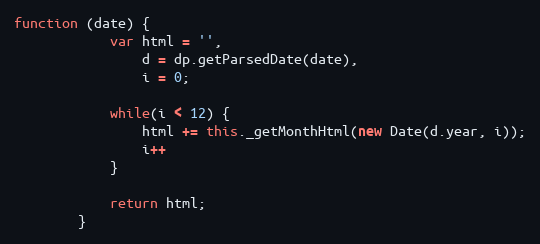
Language: JavaScript
function (date) {
            var html = '',
                d = dp.getParsedDate(date),
                i = 0;

            while(i < 12) {
                html += this._getMonthHtml(new Date(d.year, i));
                i++
            }

            return html;
        }